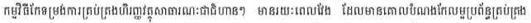
កម្មវិធីកែទម្រង់ការគ្រប់គ្រងហិរញ្ញវត្ថុសាធារណៈជាជំហានៗ មានរយៈពេលវែង ដែលមានគោលបំណងកែលម្អប្រព័ន្ធគ្រប់គ្រង